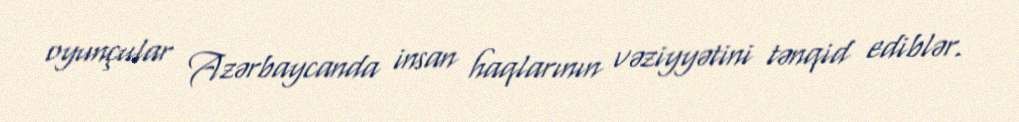
oyunçular Azərbaycanda insan haqlarının vəziyyətini tənqid ediblər.